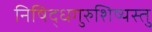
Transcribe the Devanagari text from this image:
निषिद्धगुरुशिष्यस्तु